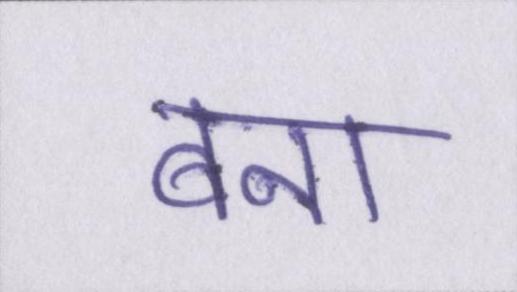
बना